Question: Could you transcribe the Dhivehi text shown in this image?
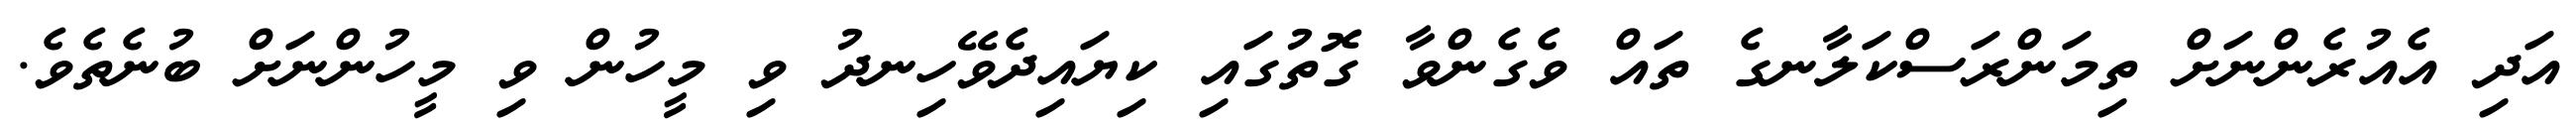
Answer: އަދި އެއުރެންނަށް ތިމަންރަސްކަލާނގެ ތައް ވެގެންވާ ގޮތުގައި ކިޔައިދެވޭހިނދު ވި މީހުން ވި މީހުންނަށް ބުނެތެވެ.